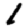
Digit: 1